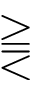
\gtreqqless